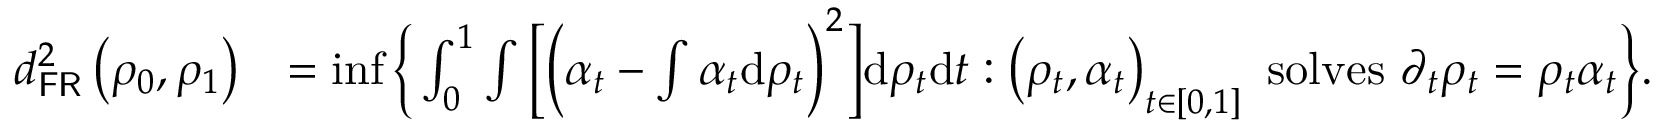
\begin{array} { r l } { d _ { \mathsf { F R } } ^ { 2 } \left( \rho _ { 0 } , \rho _ { 1 } \right) } & { = \operatorname* { i n f } \bigg \{ \int _ { 0 } ^ { 1 } \int \Big [ \Big ( \alpha _ { t } - \int \alpha _ { t } \mathrm { d } \rho _ { t } \Big ) ^ { 2 } \Big ] \mathrm { d } \rho _ { t } \mathrm { d } t : \left( \rho _ { t } , \alpha _ { t } \right) _ { t \in [ 0 , 1 ] } \mathrm { ~ s o l v e s ~ } \partial _ { t } \rho _ { t } = \rho _ { t } \alpha _ { t } \bigg \} . } \end{array}